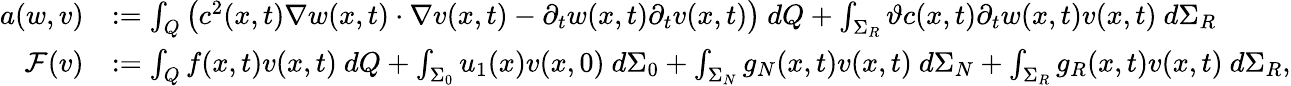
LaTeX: \begin{array}{rl}{a(w,v)}&{:=\int_{Q}\big(c^{2}(x,t)\nabla w(x,t)\cdot\nabla v(x,t)-\partial_{t}w(x,t)\partial_{t}v(x,t)\big)\ dQ+\int_{\Sigma_{R}}\vartheta c(x,t)\partial_{t}w(x,t)v(x,t)\ d\Sigma_{R}}\\ {\mathcal{F}(v)}&{:=\int_{Q}f(x,t)v(x,t)\ dQ+\int_{\Sigma_{0}}u_{1}(x)v(x,0)\ d\Sigma_{0}+\int_{\Sigma_{N}}g_{N}(x,t)v(x,t)\ d\Sigma_{N}+\int_{\Sigma_{R}}g_{R}(x,t)v(x,t)\ d\Sigma_{R},}\end{array}